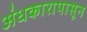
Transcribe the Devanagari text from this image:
अंधकारापासून